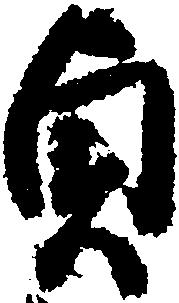
貞